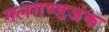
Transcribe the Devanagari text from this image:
गलगण्डजंक